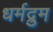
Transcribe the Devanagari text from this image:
धर्मद्रुम